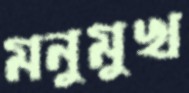
মনুমুখ